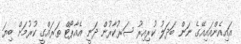
އައިއެންއައިއޭގެ ނަން ބަދަލު ކުރިއިރު ސަރުކާރުން ދަނީ އެއާޕޯޓް ތަރައްގީ ކުރުމަށް ބިޔަ